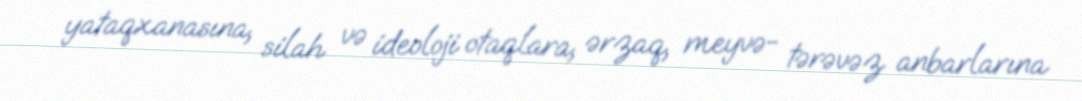
yataqxanasına, silah və ideoloji otaqlara, ərzaq, meyvə- tərəvəz anbarlarına